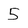
Character: 5